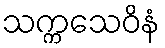
သက္ကသေဝိနံ